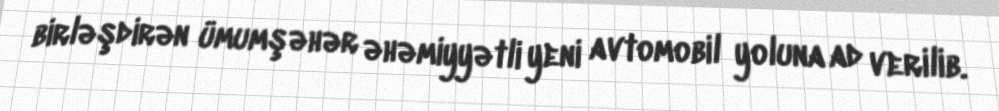
birləşdirən ümumşəhər əhəmiyyətli yeni avtomobil yoluna ad verilib.